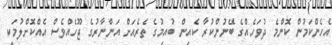
އެހެންކަމުން ކޮންމެ ދުވަހެއްގެ ބޭނުންކުރާ ކެއިން ބުއިމުގެ ތެރެއަށް އަންނާރުގެ ޖޫހެއްވެސް އެއްކޮށްލުމަކީ